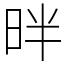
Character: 㫠